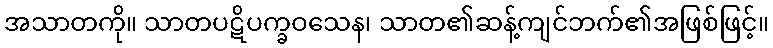
အသာတကို။ သာတပဋိပက္ခဝသေန၊ သာတ၏ဆန့်ကျင်ဘက်၏အဖြစ်ဖြင့်။